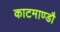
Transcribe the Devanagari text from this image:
काटमाण्डौ